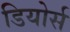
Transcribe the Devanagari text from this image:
डियोर्स